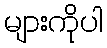
များကိုပါ